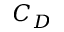
C _ { D }